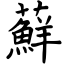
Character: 蘚